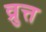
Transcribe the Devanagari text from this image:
व्रुत्त